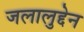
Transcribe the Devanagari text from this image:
जलालुद्देन